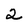
Character: 2